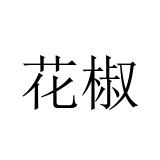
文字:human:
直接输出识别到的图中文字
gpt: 花椒